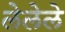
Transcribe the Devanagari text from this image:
लेलेले